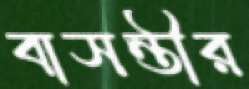
বাসন্তীর